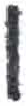
אות: ו